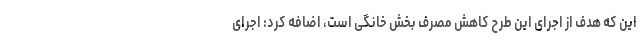
این که هدف از اجرای این طرح کاهش مصرف بخش خانگی است، اضافه کرد: اجرای